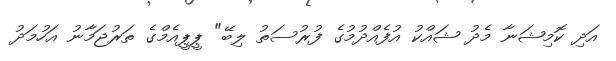
އަދި ކޮމިޝަނާ މެދު ޝައްކު އުފެއްދުމުގެ ފުރުސަތު ލިބޭ" ޕީޕީއެމްގެ ތަރުޖަމާނު އަހުމަދު